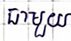
ជាមួយ